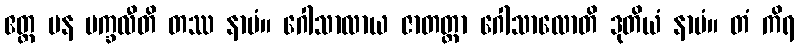
ဧတ္ထ ပန မက္ခလီတိ တဿ နာမံ။ ဂေါသာလာယ ဇာတတ္တာ ဂေါသာလောတိ ဒုတိယံ နာမံ။ တံ ကိရ